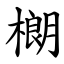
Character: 樃